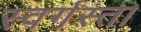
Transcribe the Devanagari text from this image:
स्वर्गस्ता